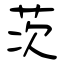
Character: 茨